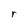
Character: r